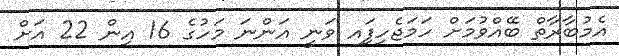
އެމުބާރާތް ބޭއްވުމަށް ހަމަޖެހިފަިއ ވަނީ އަންނަ މަހުގެ 16 އިން 22 އަށް